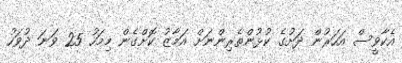
އެކާވީސް އަހަރުން ދަށުގެ ކުޅުންތެރިންނަށް އަމާޒު ކޮށްގެން މިމަހު 25 ވަނަ ދުވަހު